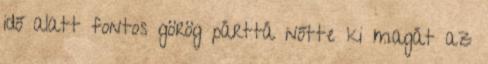
idő alatt fontos görög párttá nőtte ki magát az